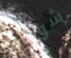
شولتز